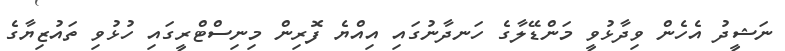
ނަޝީދު އެހެން ވިދާޅުވީ މަންޑޭލާގެ ހަނދާނުގައި އިއްޔެ ފޮރިން މިނިސްޓްރީގައި ހުޅުވި ތައުޒިޔާގެ